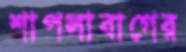
শাপলাবাগের